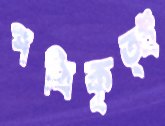
পথিকৃত্ই